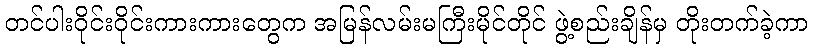
တင်ပါးဝိုင်းဝိုင်းကားကားတွေက အမြန်လမ်းမကြီးမိုင်တိုင် ဖွဲ့စည်းချိန်မှ တိုးတက်ခဲ့ကာ